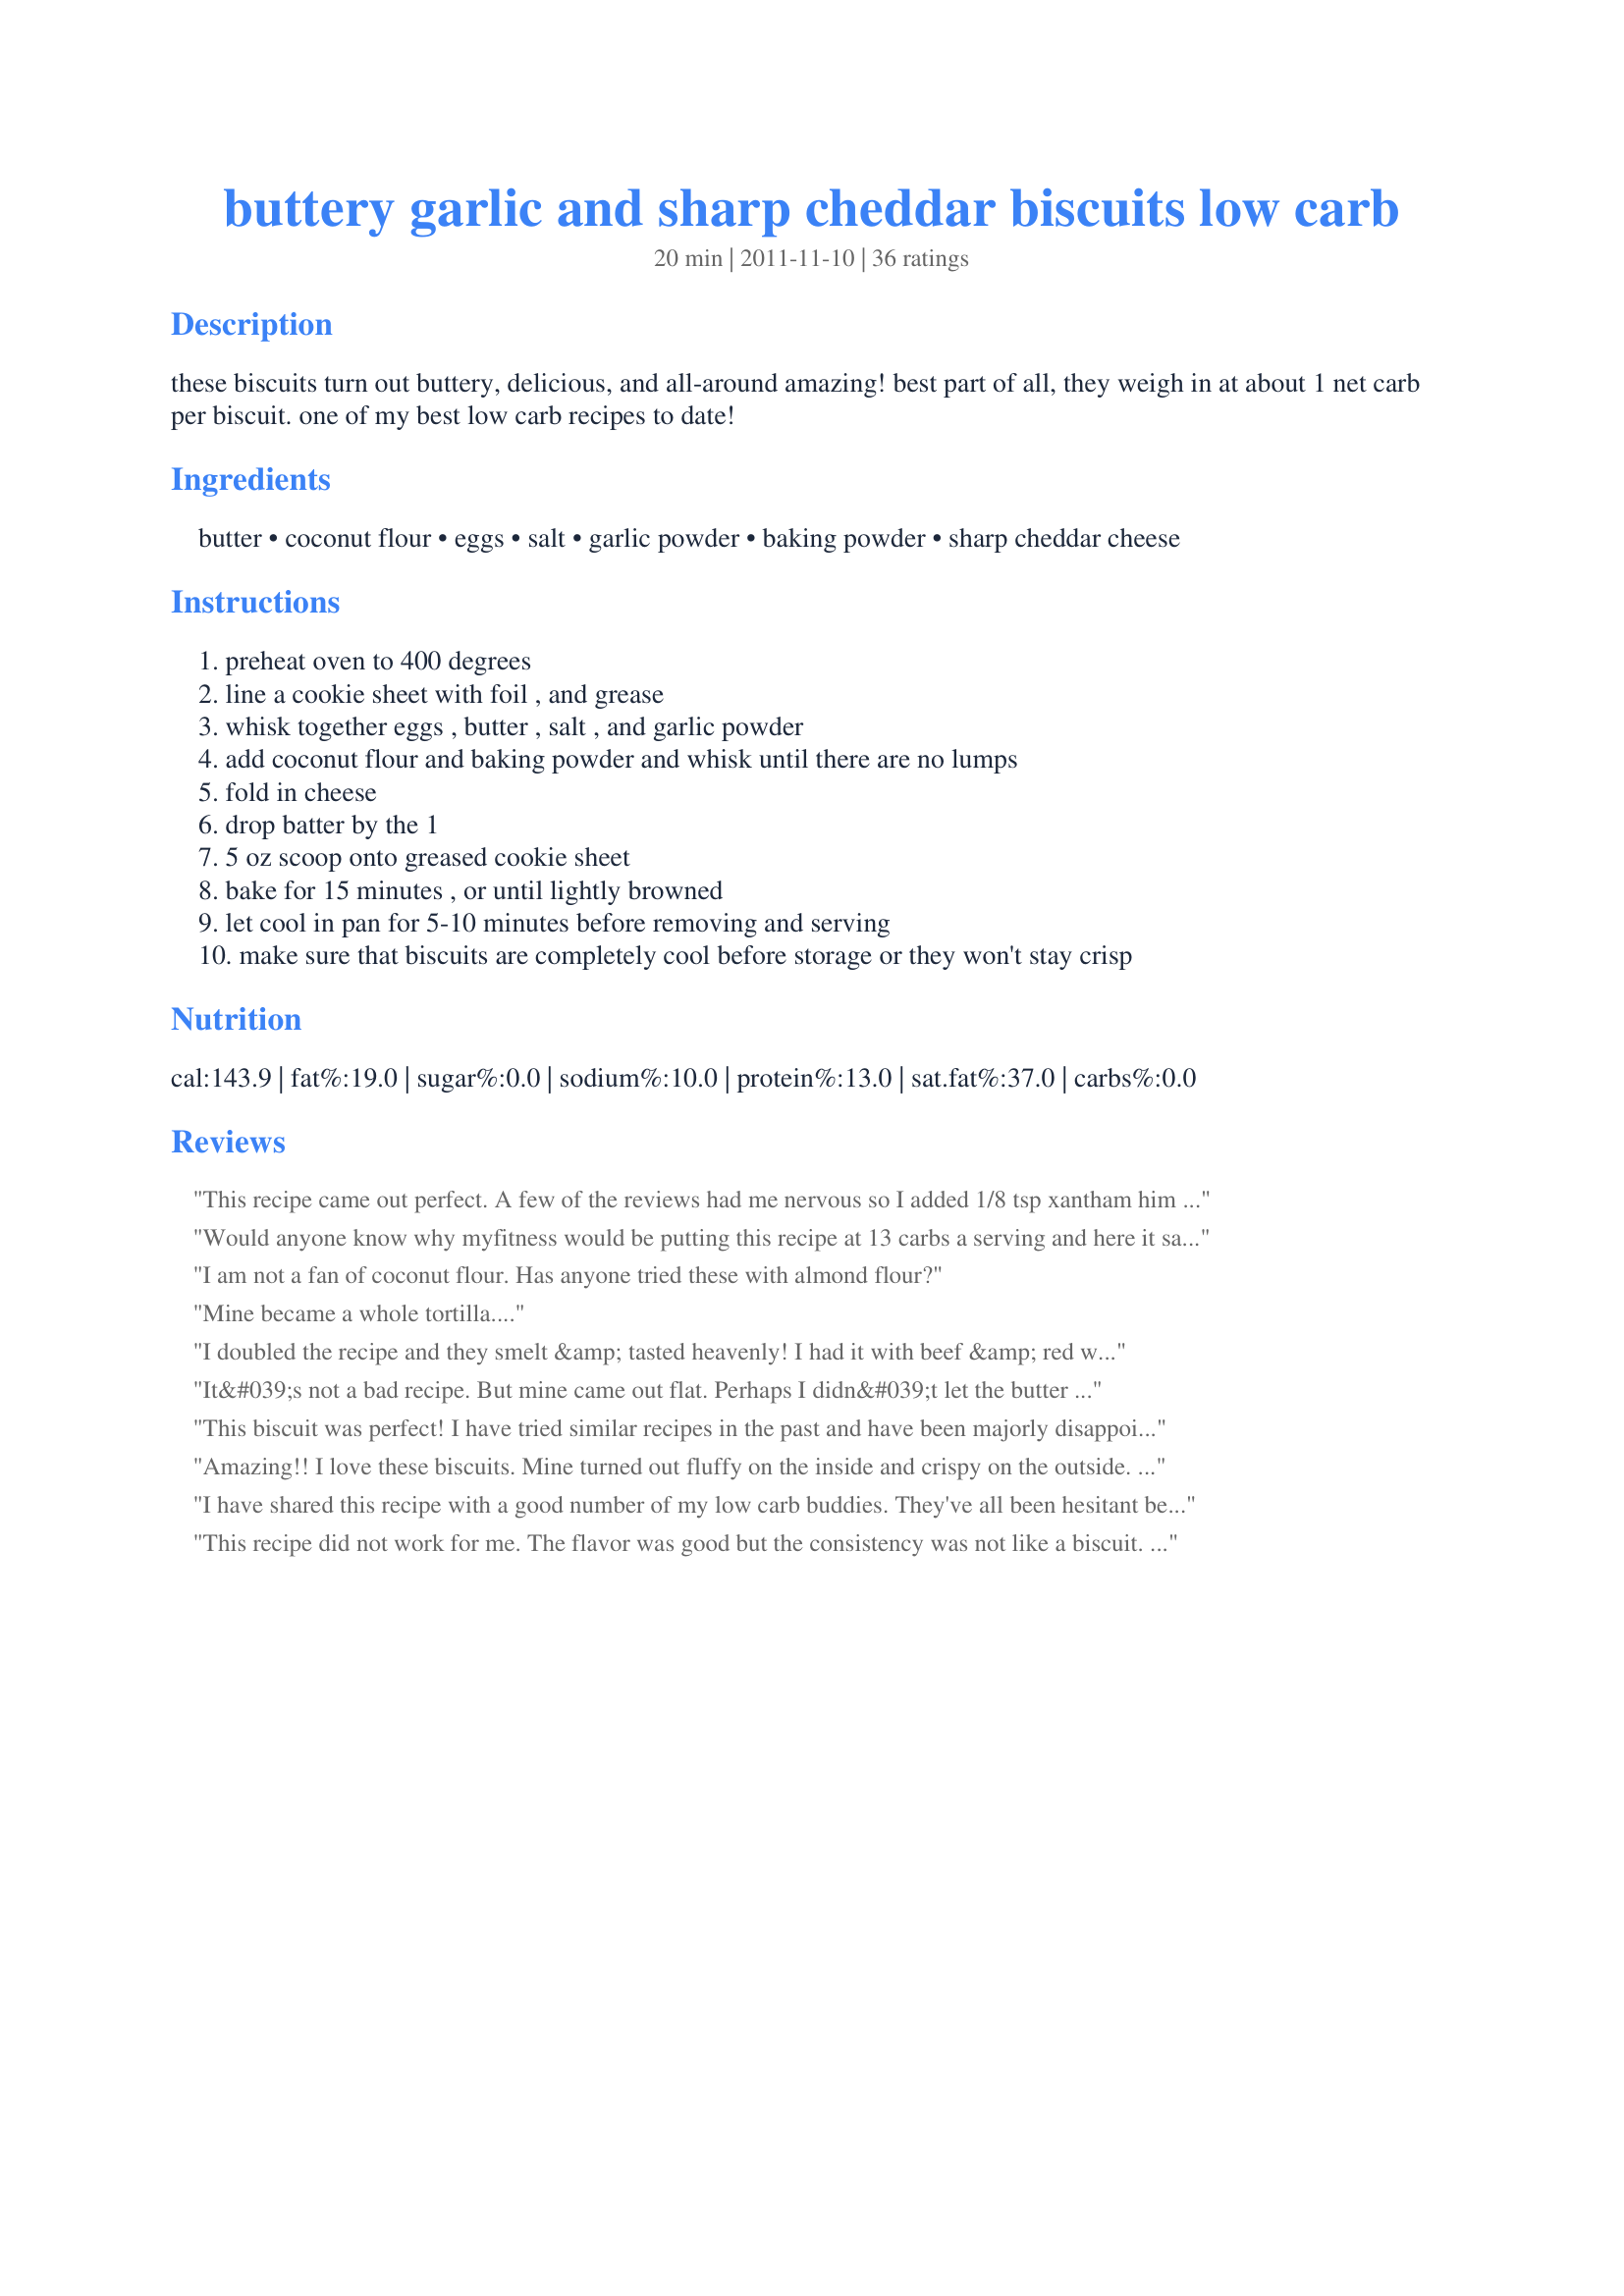
buttery garlic and sharp cheddar biscuits low carb
Preparation time: 20 minutes

these biscuits turn out buttery, delicious, and all-around amazing! best part of all, they weigh in at about 1 net carb per biscuit. one of my best low carb recipes to date!

Ingredients:
butter, coconut flour, eggs, salt, garlic powder, baking powder, sharp cheddar cheese

Steps:
preheat oven to 400 degrees
line a cookie sheet with foil , and grease
whisk together eggs , butter , salt , and garlic powder
add coconut flour and baking powder and whisk until there are no lumps
fold in cheese
drop batter by the 1
5 oz scoop onto greased cookie sheet
bake for 15 minutes , or until lightly browned
let cool in pan for 5-10 minutes before removing and serving
make sure that biscuits are completely cool before storage or they won't stay crisp

Reviews:
This recipe came out perfect. A few of the reviews had me nervous so I added 1/8 tsp xantham him but I don't think I really needed it!
Would anyone know why myfitness would be putting this recipe at 13 carbs a serving and here it says 0.5 carbs?
I am not a fan of coconut flour. Has anyone tried these with almond flour?
Mine became a whole tortilla....
I doubled the recipe and they smelt &amp; tasted heavenly! I had it with beef &amp; red wine stew... my bf &amp; I loved it :)
It&#039;s not a bad recipe. But mine came out flat. Perhaps I didn&#039;t let the butter cool enough? The fact that I used jumbo eggs? Don&#039;t know. It&#039;s eggy but that&#039;s to be expected. They&#039;re moist. They taste nice but I have found that the best low carb recipes use a mix of diff flours. I think a mix of coconut flour and almond flour would be nice or maybe some other kind like garbanzo flour. This is a good base recipe to tweak. I find that coconut flour lends itself to sweet recipes a lot better. I think this would make a tasty sweet cakey cookie perhaps.
This biscuit was perfect! I have tried similar recipes in the past and have been majorly disappointed, I followed the recipe exactly and was so pleased! -tall and fluffy and kept its shape.
Amazing!! I love these biscuits. Mine turned out fluffy on the inside and crispy on the outside. I also don&#039;t understand how reviews say they are runny. My batter was very thick. Going to be making these weekly. I omitted the garlic once to use for sugar free PB&amp;J sandwiches. Going to make LC gravy for them also. Thanks for sharing!!!
I have shared this recipe with a good number of my low carb buddies. They've all been hesitant because of the other poor rating. I'm not sure what happened to that person, but my biscuits came out perfectly. This recipe is a keeper. Side note, I got 6 instead of 8 out of my batch, but perhaps I made mine a bit larger.
This recipe did not work for me. The flavor was good but the consistency was not like a biscuit. More like a cookie. I think this is my error, but I am not sure what I did wrong.
I'm a bread junkie and switching to low carb was the hardest thing! This recipe works great! My biscuits did flatten out a little like soft cookies, but it worked the best for a hamburger bun! And it held it's shape! I was pleasantly surprised as other recipes I've tried crumbled like cornbread. I did add 1/4 tsp xanthan gum for pliability. It worked! I agree with the use of muffin pan if you're looking for shape. I also used a sprinkle of onion powder to add more flavor. I might try fresh chopped rosemary next for italian style. This will be a great addition to my low carb recipe box!
Tastes like cardboard, I followed the directions. Maybe I don't like coconut flour! I Don't recommend
First low carb biscuits I have made. I have no need for another! Thank you this recipe is great!
I made these last night and OH MY GOD! To die for!!! They came out perfectly so I wonder if the people who said they didn&#039;t turn out are either not using enough coconut flour or not sifting it. Anyway, I added some fresh chopped chives to this batch and I can&#039;t wait to play with different types of cheeses and seasonings. Thank you!
Would like to know, please, if these biscuits taste 'eggy'? Four eggs for 8 or nine biscuits seem a bit much.
These looked great and smelled great. Unfortunately, the coconut flavor of the flour was too strong. They tasted ok, but for me, someone who doesn&#039;t have a gluten allergy, i&#039;d rather just cheat with a wheat flour biscuit here and there.
This is my first time using Coconut flour, and I did not have a sifter. It was slightly grainy. I did make these though to eat with a meal or snack with added cheese or meat so for that purpose.. and excellent recipe considering the low carbs. I will save and print this one for future use and will play with flavors. I will also look into if sifting the flour would have helped the texture? Thanks for sharing this recipe.
After reading all of the reviews, I decided to make these just as the recipe was written. They came out great! Fluffy and risen, not flat as some people's had. These are very much like Red Lobster biscuits. As a side note, I did all my mise en plas earlier in the day so all of my ingredients besides the cheese were at room temperature when I prepared these. Maybe that is the difference between them coming out flat vs. risen? I will definitely be keeping these in my recipe rotation.
I am 71 yr old low carb foodie...toaster oven sized muffin pan bakes 4 perfect biscuits. in toaster oven (easier on back). Try variations, add bits chopped ham, bacon, chopped herbs, onion flakes.
I think they taste like cornbread.......
RIDICULOUS! I live the Keto life so these are PERFECT. They remind me of the biscuits from Red Lobster. This is real low-carb comfort food. It tastes like you&#039;re cheating! The only change I&#039;d make next time is the addition of fresh herbs.
Trying this over chicken pot pie. Fingers crossed it works!
Just baked these and they're good. Hard to tell it's coconut flour, and they're perfectly cheesy. Followed the directions exactly and they're not flat.
My husband and I recently began eating LCHF. Bread has been my husbands greatest challenge. I made these as per the recipe and they were delicious. Great texture, great chew factor, great flavor. The coconut flavor was still apparent, but did not detract from the experience. These are reminiscent of Red Lobster&#039;s Cheddar Bay Biscuits. At .5 carb per biscuit, we will definitely be having these again. Be warned, they are very filling!
I just made these. I used soy flour because coconut flour is not sold in my area. I made 12 of these in a muffin top pan. I used a brand new nonstick pan and I greased it well with Canola oil, also. They stuck like glue to the pan. I think it was due to the eggs. Next time I will use parchment paper maybe. Anyway, these were very good when you are craving a biscuit, even though they were made with soy flour. I know they would taste much better with regular flour but I&#039;m doing low carb. I used these biscuits on a salad like croutons, and also as a snack with fresh basil pesto. I will keep this recipe and make them again.
So happy I found these they are the best keto biscuits I have found. Thanks.
Quantities must be wrong. Batter was soupy. I added flour to make it closer to the consistency of a dropped biscuit. Even so, this was more like a flat, dry, thin pancake than a biscuit.
Just finished some of these with a low carb &quot;gravy&quot; on top for breakfast and I thank you from the bottom of my Southern food eating heart. I haven&#039;t had a country breakfast in forever cause I watch carbs. I was worried about the review that said these were too thin and spread so I baked them in a greased muffin pan. No issues tho. Once the coconut flour was stirred in the batter thickened right up. I agree that the person who gave the poor review must have made a mistake at some point because my biscuit dough was almost too thick to fold in all the cheese. Baked up crisp on the outside and soft in the middle. Got 9 smallish muffin shaped biscuits. Going to try these with different cheese and seasonings next time. Thanks for sharing.
This is a good recipe. I added 1/4 teaspoon of black pepper - because southern cooking traditions. I am wondering about the carb count on this. When I enter it, I get 2.5 net carbs. What should I be subtracting that I'm not subtracting.
Excellent recipe but took it a step further for those who want low carb pizza, this recipe worked great...I doubled it and put it on a 12&quot; pozza pan bakes it at 400 for 15 minutes added sauce cheese pepperoni and baked it another 10 for the toppings..for the pozza sauce I use strait tomato sauce and adsed spices to taste...I'd eatimate maybe 4net carbs per slice...also with doubling the serving, the crust was thicker than expexted...id say 1 1/2 servings would.do better on a 12&quot; pizza pan.... t hanks for the re ipe.it was awesome...
I found I am not a fan of coconut flour, so I will sub with almond flour. Other than that, I love the recipe!
I had the same issue as others mine turned out like cookies. I would have to imagine we all didn&#039;t forget something so it must be more of a method thing. I sifted the flour just like it said my butter was probably not cool enough but what&#039;s cool slightly any additional help would be appreciated.
Turned out perfect!
I must say I was a little surprised at how well these came out, our church is on a fast from stretch for 30 days, so I wanted to give my meal an extra something so I wouldn't be hungry later lol , however these things were pretty good for my first time trying coconut flour they almost reminded me of a little quiche, maybe because the eggs. But over all great recipe thanks for sharing. PS keep em coming lol
PERFECT, PERFECT, PERFECT!! These are sooooooo very good!! I will be making them a lot!!
I tested this recipe and had no problems making the biscuits come out perfect. For those with issues of thin batter, you may want to make sure the coconut flour (I use Red Mill) is measured accurately and sifted. It is possible that if you are in a really humid climate, you might need to use a little more flour (flour absorbs moisture to create structure for baked goods) and fold it in and wait a minute or two for it to absorb the eggs (I used large) If the biscuits come up flat, you might want to check the date on your baking powder. Baking powder is a &quot;double acting&quot; meaning it needs both moisture and heat to do it&#039;s magic. It releases CO2 in the batter when added to wet ingredients and then again when heated during baking. I have the best results with it when the oven is calibrated correctly, in this case make sure oven is at 400 for the best rise. I tried this by weight and dry measuring cups and it came out the same for both. Terrific!
